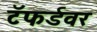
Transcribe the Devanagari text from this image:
टॅफर्डवर